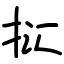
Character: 㧟